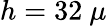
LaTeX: h=32~\mu